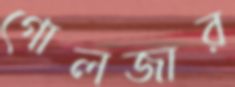
গোলজার